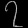
Digit: ၇